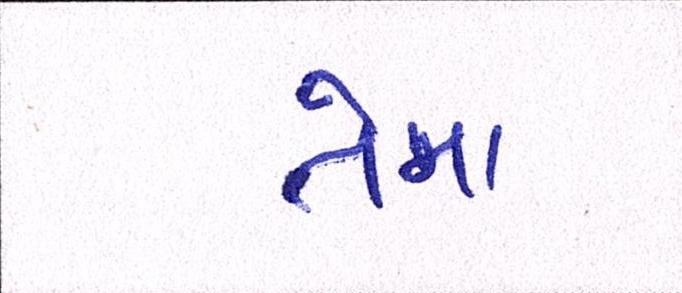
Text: તેમા